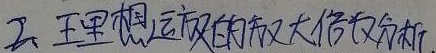
2、理想运放的放大倍数分析